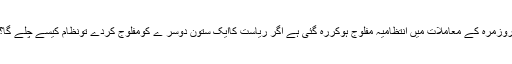
روزمرہ کے معاملات میں انتظامیہ مفلوج ہوکررہ گئی ہے اگر ریاست کاایک ستون دوسر ے کومفلوج کردے تونظام کیسے چلے گا؟